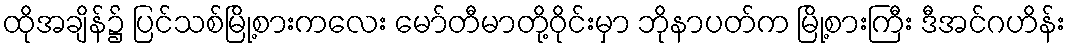
ထိုအချိန်၌ ပြင်သစ်မြို့စားကလေး မော်တီမာတို့ဝိုင်းမှာ ဘိုနာပတ်က မြို့စားကြီး ဒီအင်ဂဟိန်း